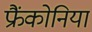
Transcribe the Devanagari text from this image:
फ्रैंकोनिया